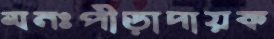
মনঃপীড়াদায়ক